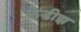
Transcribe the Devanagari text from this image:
लेडीझ